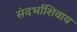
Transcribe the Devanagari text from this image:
संदर्भाशिवाय